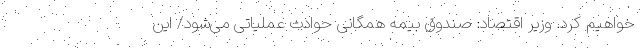
خواهیم کرد. وزیر اقتصاد: صندوق بیمه همگانی حوادث عملیاتی می‌شود/ این